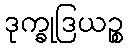
ဒုက္ခုဒြယဉ္စ